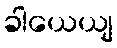
ခါယေယျ